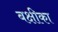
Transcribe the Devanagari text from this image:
बक्षीका